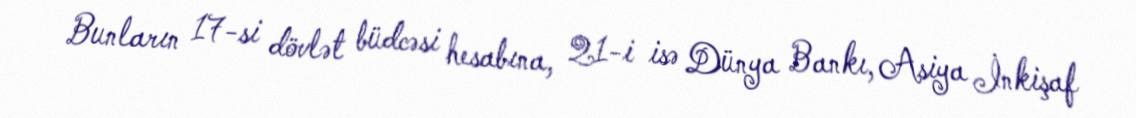
Bunların 17-si dövlət büdcəsi hesabına, 21-i isə Dünya Bankı, Asiya İnkişaf